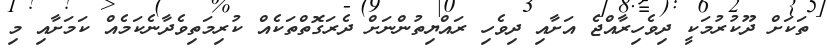
ތަކަށް ދޫކުރުމަކީ ދިވެހިރާއްޖެ އަށާއި ދިވެހި ރައްޔިތުންނަށް ދެރަގޮތްތަކެއް ކުރިމަތިވެދާނެކަމެއް ކަމަށާއި މި